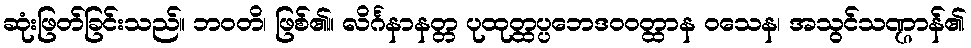
ဆုံးဖြတ်ခြင်းသည်။ ဘဝတိ၊ ဖြစ်၏။ လိင်္ဂနာနတ္တ ပုထုတ္ထပ္ပဘေဒဝဝတ္ထာန ဝသေန၊ အသွင်သဏ္ဌာန်၏